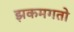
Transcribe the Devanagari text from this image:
झकमगतो